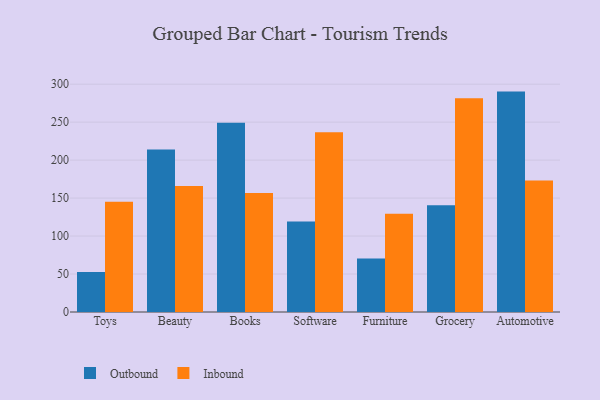
{"axis": {"x": "Category", "y": "Humidity (%)"}, "legend": ["Inbound", "Outbound"], "data": [{"x": "Toys", "y": 52.7, "type": "Outbound"}, {"x": "Toys", "y": 145.2, "type": "Inbound"}, {"x": "Beauty", "y": 213.9, "type": "Outbound"}, {"x": "Beauty", "y": 165.8, "type": "Inbound"}, {"x": "Books", "y": 249.2, "type": "Outbound"}, {"x": "Books", "y": 156.6, "type": "Inbound"}, {"x": "Software", "y": 119.0, "type": "Outbound"}, {"x": "Software", "y": 236.8, "type": "Inbound"}, {"x": "Furniture", "y": 70.4, "type": "Outbound"}, {"x": "Furniture", "y": 129.3, "type": "Inbound"}, {"x": "Grocery", "y": 140.7, "type": "Outbound"}, {"x": "Grocery", "y": 281.4, "type": "Inbound"}, {"x": "Automotive", "y": 290.2, "type": "Outbound"}, {"x": "Automotive", "y": 173.2, "type": "Inbound"}]}